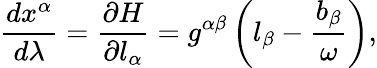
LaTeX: \frac{dx^{\alpha}}{d\lambda}=\frac{\partial H}{\partial l_{\alpha}}=g^{\alpha\beta}\left(l_{\beta}-\frac{b_{\beta}}{\omega}\right),